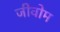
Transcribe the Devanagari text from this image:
जीवोम